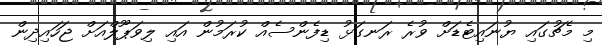
މި މެޗުގައި ޔުނައިޓެޑަށް ވުރެ ރަނގަޅު ޑިފެންސެއް ކުރަމުން އައި ލިވަޕޫލްއަށް ޖަހައިދިން